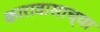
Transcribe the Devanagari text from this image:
कारावासाच्या